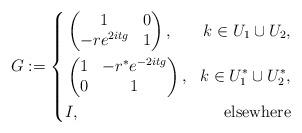
LaTeX: \begin{align*} G:=\left\{ \begin{aligned} &\begin{pmatrix}1 & 0 \\ -re^{2itg} & 1\end{pmatrix}, & k\in U_1\cup U_2, \\ &\begin{pmatrix}1 & -r^{*}e^{-2itg} \\ 0 & 1\end{pmatrix}, & k\in U_1^{*}\cup U_2^{*}, \\ &I, &\textnormal{elsewhere} \end{aligned} \right.\end{align*}